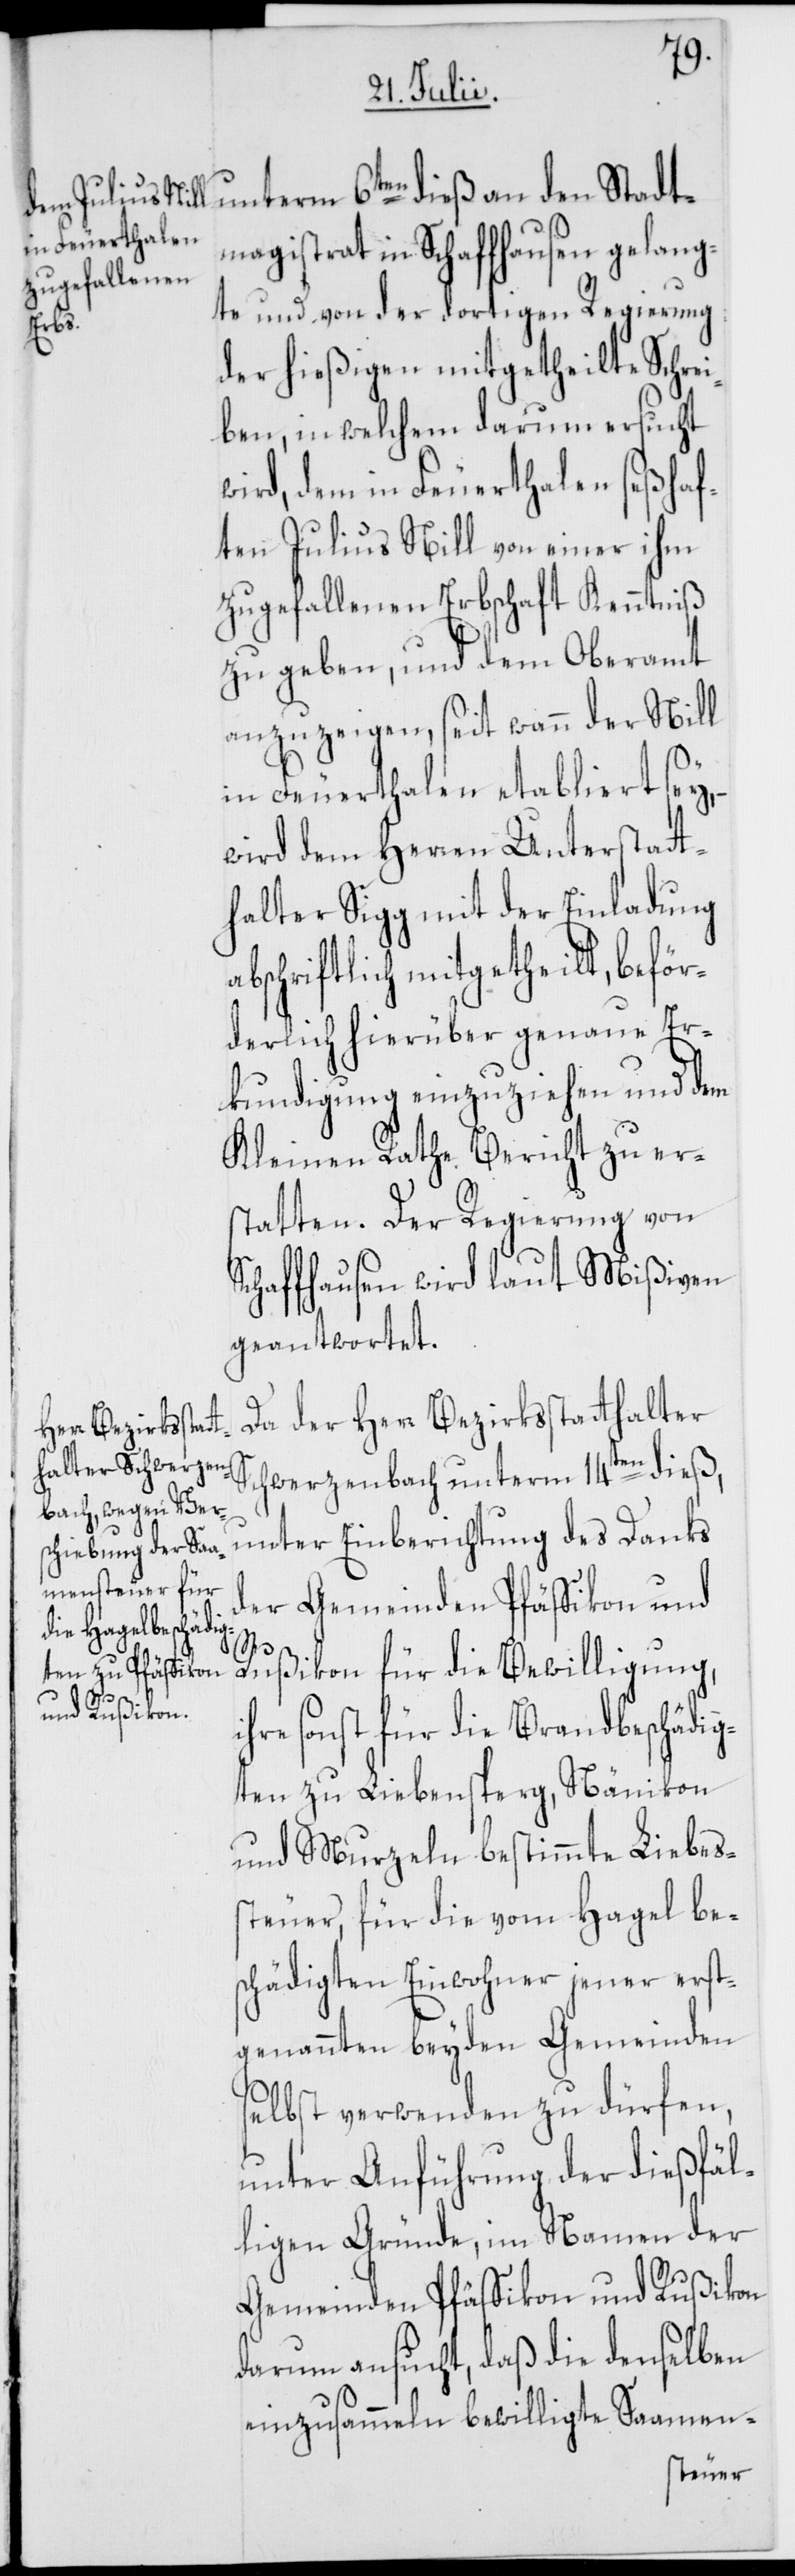
magistrat in Schaffhausen gelang¬
te und von der dortigen Regierung
der hießigen mitgetheilte Schrei¬
ben, in welchem darum ersucht
wird, dem in Feuerthalen seßhaf¬
ten Julius Nill von einer ihm
zugefallenen Erbschaft Kenntniß
zu geben, und dem Oberamt
anzuzeigen, seit wann der Nill
in Feuerthalen etabliert sey,
wird dem Herren Unterstatt¬
halter Sigg mit der Einladung
abschriftlich mitgetheilt, beför¬
derlich hierüber genaue Er¬
kundigung einzuziehen und dem
Kleinen Rathe Bericht zu ers¬
tatten. Der Regierung von
Schaffhausen wird laut Mißiven
geantwortet.
Da der Herr Bezirksstatthalter
Schwerzenbach unterm 14ten dieß,
unter Einberichtung des Danks
der Gemeinden Pfäffikon und
dieß an den Stadt¬
Rußikon für die Bewilligung,
ihre sonst für die Brandbeschädig¬
ten zu Liebensperg, Nänikon
und Murzeln bestimmte Liebes¬
steuer, für die vom Hagel be¬
schädigten Einwohner jener erst¬
genannten beyden Gemeinden
selbst verwenden zu dürfen,
unter Anführung der dießfäl¬
ligen Gründe, im Namen der
Gemeinden Pfäffikon und Rußikon
darum ansucht, daß die denselben
einzusammeln bewilligte Saamen-